Insane asylums in Bengal annual reports 1876-1887 - 1876-1887
Year: 1876
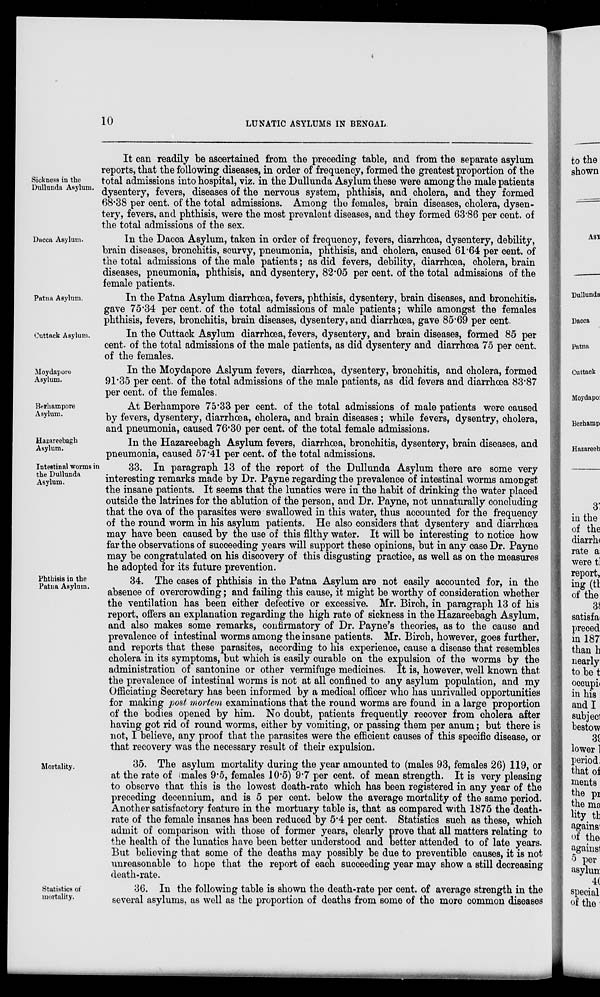
10
LUNATIC ASYLUMS IN BENGAL.
Sickness in the
Dullunda Asylum.
It can readily be ascertained from the preceding table, and from the separate asylum
reports, that the following diseases, in order of frequency, formed the greatest proportion of the
total admissions into hospital, viz. in the Dullunda Asylum these were among the male patients
dysentery, fevers, diseases of the nervous system, phthisis, and cholera, and they formed
68.38 per cent. of the total admissions. Among the females, brain diseases, cholera, dysen-
tery, fevers, and phthisis, were the most prevalent diseases, and they formed 63.86 per cent. of
the total admissions of the sex.
Dacca Asylum.
In the Dacca Asylum, taken in order of frequency, fevers, diarrhœa, dysentery, debility,
brain diseases, bronchitis, scurvy, pneumonia, phthisis, and cholera, caused 61.64 per cent. of
the total admissions of the male patients; as did fevers, debility, diarrhœa, cholera, brain
diseases, pneumonia, phthisis, and dysentery, 82.05 per cent. of the total admissions of the
female patients.
Patna Asylum.
In the Patna Asylum diarrhœa, fevers, phthisis, dysentery, brain diseases, and bronchitis,
gave 75.34 per cent. of the total admissions of male patients; while amongst the females
phthisis, fevers, bronchitis, brain diseases, dysentery, and diarrhœa, gave 85.69 per cent.
Cuttack Asylum.
In the Cuttack Asylum diarrhœa, fevers, dysentery, and brain diseases, formed 85 per
cent. of the total admissions of the male patients, as did dysentery and diarrhœa 75 per cent.
of the females.
Moydapore
Asylum.
In the Moydapore Aslyum fevers, diarrhoea, dysentery, bronchitis, and cholera, formed
91.35 per cent. of the total admissions of the male patients, as did fevers and diarrhœa 83.87
per cent. of the females.
Berhampore
Asylum.
At Berhampore 75.33 per cent. of the total admissions of male patients were caused
by fevers, dysentery, diarrhoea, cholera, and brain diseases; while fevers, dysentry, cholera,
and pneumonia, caused 76.30 per cent. of the total female admissions.
Hazareebagh
Asylum.
In the Hazareebagh Asylum fevers, diarrhœa, bronchitis, dysentery, brain diseases, and
pneumonia, caused 57.41 per cent. of the total admissions.
Intestinal worms in
the Dullunda
Asylum.
33. In paragraph 13 of the report of the Dullunda Asylum there are some very
interesting remarks made by Dr. Payne regarding the prevalence of intestinal worms amongst
the insane patients. It seems that the lunatics were in the habit of drinking the water placed
outside the latrines for the ablution of the person, and Dr. Payne, not unnaturally concluding
that the ova of the parasites were swallowed in this water, thus accounted for the frequency
of the round worm in his asylum patients. He also considers that dysentery and diarrhœa
may have been caused by the use of this filthy water. It will be interesting to notice how
far the observations of succeeding years will support these opinions, but in any case Dr. Payne
may be congratulated on his discovery of this disgusting practice, as well as on the measures
he adopted for its future prevention.
Phthisis in the
Patna Asylum.
34. The cases of phthisis in the Patna Asylum are not easily accounted for, in the
absence of overcrowding; and failing this cause, it might be worthy of consideration whether
the ventilation has been either defective or excessive. Mr. Birch, in paragraph 13 of his
report, offers an explanation regarding the high rate of sickness in the Hazareebagh Asylum,
and also makes some remarks, confirmatory of Dr. Payne's theories, as to the cause and
prevalence of intestinal worms among the insane patients. Mr. Birch, however, goes further,
and reports that these parasites, according to his experience, cause a disease that resembles
cholera in its symptoms, but which is easily curable on the expulsion of the worms by the
administration of santonine or other vermifuge medicines. It is, however, well known that
the prevalence of intestinal worms is not at all confined to any asylum population, and my
Officiating Secretary has been informed by a medical officer who has unrivalled opportunities
for making post mortem examinations that the round worms are found in a large proportion
of the bodies opened by him. No doubt, patients frequently recover from cholera after
having got rid of round worms, either by vomiting, or passing them per anum; but there is
not, I believe, any proof that the parasites were the efficient causes of this specific disease, or
that recovery was the necessary result of their expulsion.
Mortality.
35. The asylum mortality during the year amounted to (males 93, females 26) 119, or
at the rate of (males 9.5, females 10.5) 9.7 per cent. of mean strength. It is very pleasing
to observe that this is the lowest death-rate which has been registered in any year of the
preceding decennium, and is 5 per cent. below the average mortality of the same period.
Another satisfactory feature in the mortuary table is, that as compared with 1875 the death-
rate of the female insanes has been reduced by 5.4 per cent. Statistics such as these, which
admit of comparison with those of former years, clearly prove that all matters relating to
the health of the lunatics have been better understood and better attended to of late years.
But believing that some of the deaths may possibly be due to preventible causes, it is not
unreasonable to hope that the report of each succeeding year may show a still decreasing
death-rate.
Statistics of
mortality.
36. In the following table is shown the death-rate per cent. of average strength in the
several asylums, as well as the proportion of deaths from some of the more common diseases